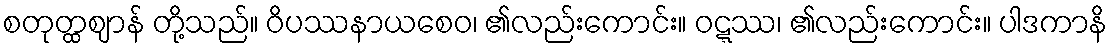
စတုတ္ထဈာန် တို့သည်။ ဝိပဿနာယစေဝ၊ ၏လည်းကောင်း။ ဝဋ္ဋဿ၊ ၏လည်းကောင်း။ ပါဒကာနိ